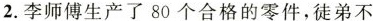
2.李师傅生产了80个合格的零件，徒弟不